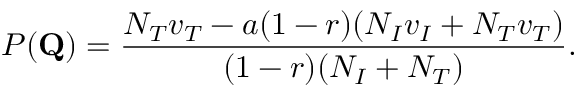
P ( \mathbf { Q } ) = \frac { N _ { T } v _ { T } - a ( 1 - r ) ( N _ { I } v _ { I } + N _ { T } v _ { T } ) } { ( 1 - r ) ( N _ { I } + N _ { T } ) } .